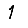
Digit: 1